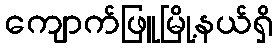
ကျောက်ဖြူမြို့နယ်ရှိ